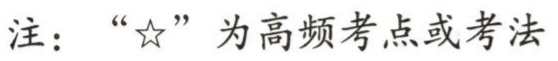
注：“\(☆\)”为高频考点或考法